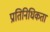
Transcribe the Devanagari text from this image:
प्रातिनिधिकता